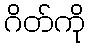
ဂိတ်ကို